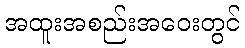
အထူးအစည်းအဝေးတွင်